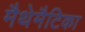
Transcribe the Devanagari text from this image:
मैथेमैटिका